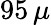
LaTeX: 95\, \mu